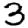
Digit: 3